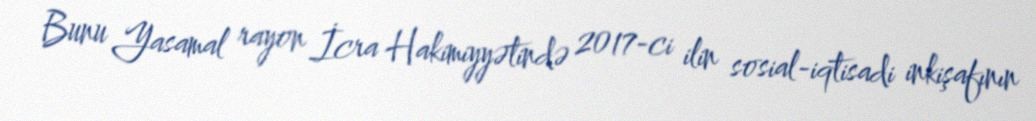
Bunu Yasamal rayon İcra Hakimiyyətində 2017-ci ilin sosial-iqtisadi inkişafının